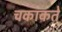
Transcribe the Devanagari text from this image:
चकाकते